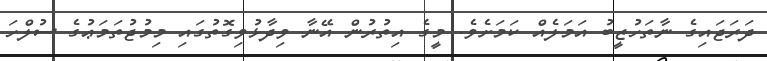
ދަރަޖައިގެ ނާތަހުޒީބު އަމަލެއް ކަމަށެވެ. މީގެ އިތުރުން އޭނާ ވިދާޅުވިގޮތުގައި މިމުޖުތަމަޢުގެ ސުލްހަ